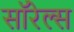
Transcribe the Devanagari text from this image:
सॉरेल्स